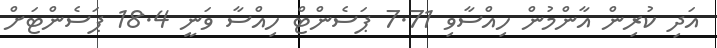
އަދި ކުރިން އާންމުން ހިއްސާވި 7.71 ޕަސެންޓް ހިއްސާ ވަނީ 18.4 ޕަސެންޓަށް